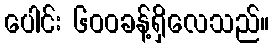
ပေါင်း ၆၀၀ခန့်ရှိလေသည်။